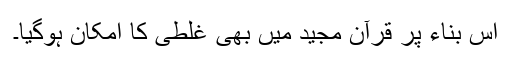
اس بناء پر قرآن مجید میں بھی غلطی کا امکان ہوگیا۔